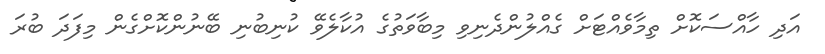
އަދި ހާއްސަކޮށް ތިމާވެއްޓަށް ގެއްލުންދެނިވި މިބާވަތުގެ އުކާލެވޭ ކުނިބުނި ބޭނުންކޮށްގެން މިފަދަ ބުރަ